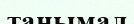
таңымал